Medical and sanitary report of the native army of Madras for the year
Year: 1877
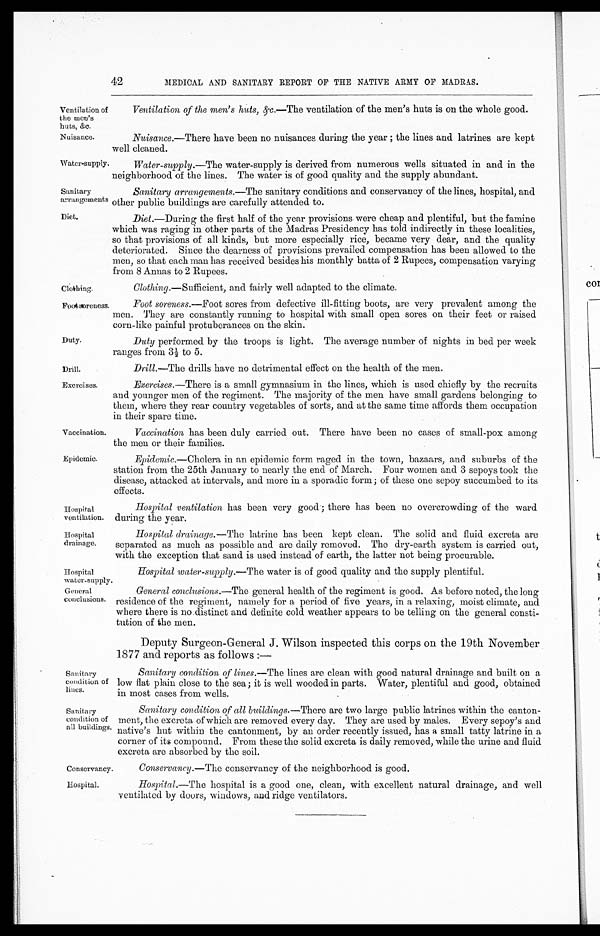
Water-supply.
Sanitary
arrangements
Diet.
Duty.
Drill.
Exercises.
Hospital
ventilation.
Hospital
drainage.
Hospital
water-supply.
General
conclusions.
Sanitary
condition of
lines.
Sanitary
condition of
all buildings.
42
MEDICAL AND SANITARY REPORT OF THE NATIVE ARMY OF MADRAS.
Ventilation of
the men's
huts, &c.
Ventilation of the men's huts, &c. —The ventilation of the men's huts is on the whole good.
Nuisance.
Nuisance.—There have been no nuisances during the year ; the lines and latrines are kept
well cleaned.
Water-supply. —The water-supply is derived from numerous wells situated in and in the
neighborhood of the lines. The water is of good quality and the supply abundant.
Sanitary arrangements. —The sanitary conditions and conservancy of the lines, hospital, and
other public buildings are carefully attended to.
Diet.—During the first half of the year provisions were cheap and plentiful, but the famine
which was raging in other parts of the Madras Presidency has told indirectly in these localities,
so that provisions of all kinds, but more especially rice, became very dear, and the quality
deteriorated. Since the dearness of provisions prevailed compensation has been allowed to the
men, so that each man has received besides his monthly batta of 2 Rupees, compensation varying
from 8 Annas to 2 Rupees.
Clothing.
Clothing. —Sufficient, and fairly well adapted to the climate.
Foot soreness.
Vaccination.
Foot soreness. —Foot sores from defective ill-fitting boots, are very prevalent among the
men. They are constantly running to hospital with small open sores on their feet or raised
corn-like painful protuberances on the skin.
Duty performed by the troops is light. The average number of nights in bed per week
ranges from 3½ to 5.
Drill.—The drills have no detrimental effect on the health of the men.
Exercises. —There is a small gymnasium in the lines, which is used chiefly by the recruits
and younger men of the regiment. The majority of the men have small gardens belonging to
them, where they rear country vegetables of sorts, and at the same time affords them occupation
in their spare time.
Vaccination has been duly carried out. There have been no cases of small-pox among
the men or their families.
Epidemic.
Epidemic. —Cholera in an epidemic form raged in the town, bazaars, and suburbs of the
station from the 25th January to nearly the end of March. Four women and 3 sepoys took the
disease, attacked at intervals, and more in a sporadic form; of these one sepoy succumbed to its
effects.
Hospital ventilation has been very good ; there has been no overcrowding of the ward
during the year.
Hospital drainage. —The latrine has been kept clean. The solid and fluid excreta are
separated as much as possible and are daily removed. The dry-earth system is carried out,
with the exception that sand is used instead of earth, the latter not being procurable.
Hospital water-supply.—The water is of good quality and the supply plentiful.
General conclusions. —The general health of the regiment is good. As before noted, the long
residence of the regiment, namely for a period of five years, in a relaxing, moist climate, and
where there is no distinct and definite cold weather appears to be telling on the general consti
-
tution of the men.
Deputy Surgeon-General J. Wilson inspected this corps on the 19th November
1877 and reports as follows :—
Sanitary condition of lines. —The lines are clean with good natural drainage and built on a
low flat plain close to the sea ; it is well wooded in parts. Water, plentiful and good, obtained
in most cases from wells.
Sanitary condition of all buildings. —There are two large public latrines within the canton
-
ment, the excreta of which are removed every day. They are used by males. Every sepoy's and
native's hut within the cantonment, by an order recently issued, has a small tatty latrine in a
corner of its compound. From these the solid excreta is daily removed, while the urine and fluid
excreta are absorbed by the soil.
Conservancy.
Conservancy. —The conservancy of the neighborhood is good.
Hospital.
Hospital. —The hospital is a good one, clean, with excellent natural drainage, and well
ventilated by doors, windows, and ridge ventilators.